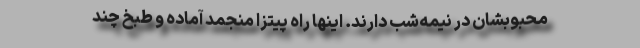
محبوبشان در نیمه‌شب دارند. اینها راه پیتزا منجمد آماده و طبخ چند